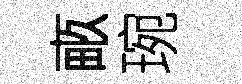
畞琬